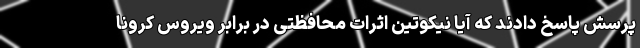
پرسش پاسخ دادند که آیا نیکوتین اثرات محافظتی در برابر ویروس کرونا